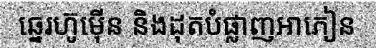
ឆ្នេរហ៊ូម៉ើន និងដុតបំផ្លាញអាភៀន